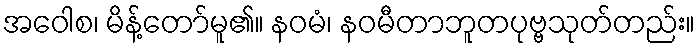
အဝေါစ၊ မိန့်တော်မူ၏။ နဝမံ၊ နဝမီတာဘူတပုဗ္ဗသုတ်တည်း။